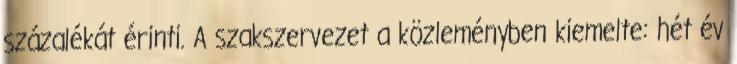
százalékát érinti. A szakszervezet a közleményben kiemelte: hét év